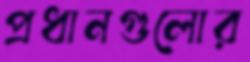
প্রধানগুলোর